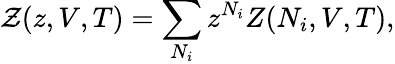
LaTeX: {\mathcal{Z}}(z,V,T)=\sum_{N_{i}}z^{N_{i}}Z(N_{i},V,T),